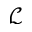
\mathcal { L }